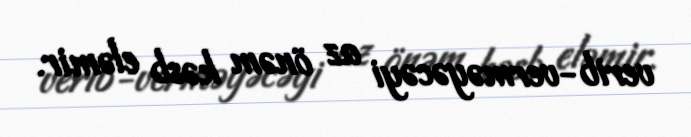
verib-verməyəcəyi az önəm kəsb eləmir.